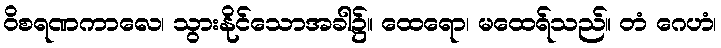
ဝိစရဏကာလေ၊ သွားနိုင်သောအခါ၌။ ထေရော၊ မထေရ်သည်။ တံ ဂေဟံ၊